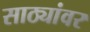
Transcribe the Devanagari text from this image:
साठ्यांवर